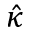
\hat { \kappa }